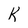
Character: k